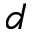
d